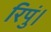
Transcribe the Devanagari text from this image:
रिपुं।